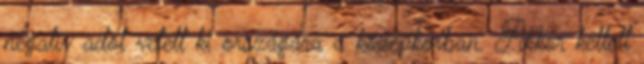
negatív adót vetett ki országára a középkorban. Akkor kellett